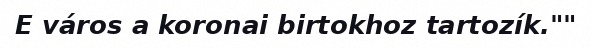
E város a koronai birtokhoz tartozík.""